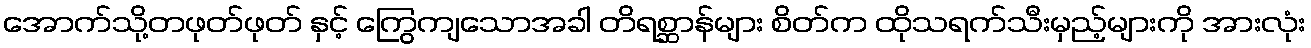
အောက်သို့တဖုတ်ဖုတ် နှင့် ကြွေကျသောအခါ တိရစ္ဆာန်များ စိတ်က ထိုသရက်သီးမှည့်များကို အားလုံး